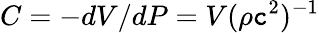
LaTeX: C=-dV/dP=V(\rho\mathtt{c}^{2})^{-1}